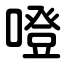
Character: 噔